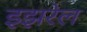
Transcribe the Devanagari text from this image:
इझरेल